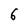
Character: 6